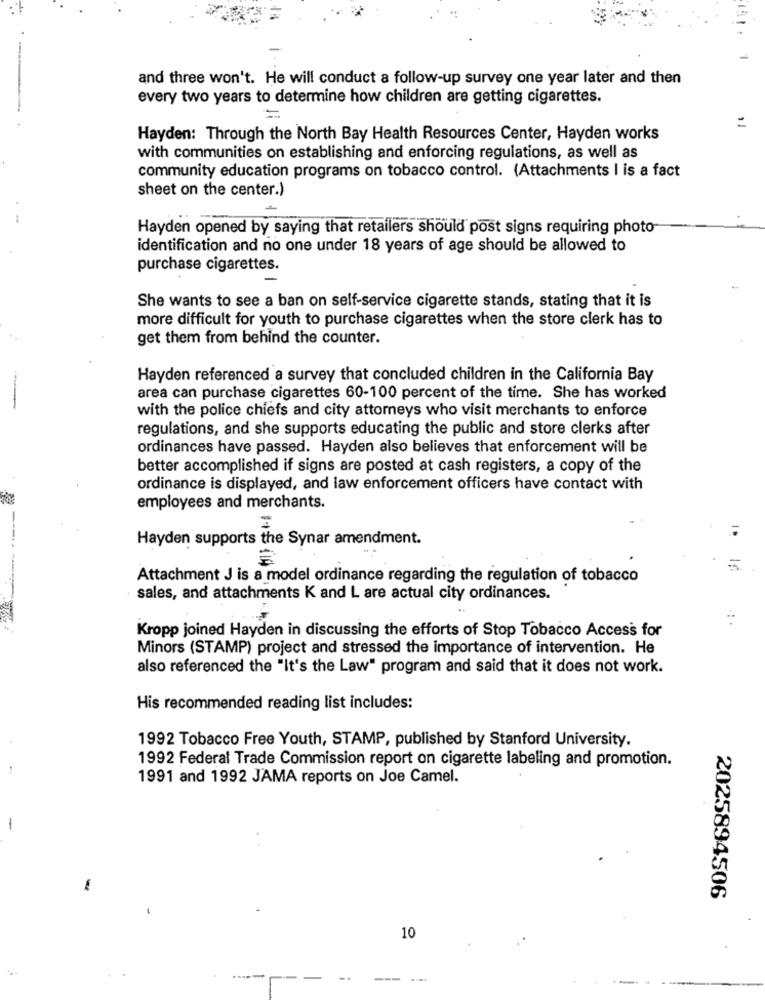
and three won't. He will conduct a follow-up survey one year later and then
every two years to determine how children are getting cigarettes.
Hayden: Through the North Bay Health Resources Center, Hayden works
with communities on establishing and enforcing regulations, as well as
community education programs on tobacco control. (Attachments I is a fact
sheet on the center.)
-
Hayden opened by saying that retailers should post signs requiring photo
identification and no one under 18 years of age should be allowed to
purchase cigarettes.
She wants to see a ban on self-service cigarette stands, stating that it is
more difficult for youth to purchase cigarettes when the store clerk has to
get them from behind the counter.
Hayden referenced a survey that concluded children in the California Bay
area can purchase cigarettes 60-100 percent of the time. She has worked
with the police chiefs and city attorneys who visit merchants to enforce
regulations, and she supports educating the public and store clerks after
ordinances have passed. Hayden also believes that enforcement will be
better accomplished if signs are posted at cash registers, a copy of the
ordinance is displayed, and law enforcement officers have contact with
employees and merchants.
Hayden supports the Synar amendment.
Attachment J is a model ordinance regarding the regulation of tobacco
------
sales, and attachments K and L are actual city ordinances.
Kropp joined Hayden in discussing the efforts of Stop Tobacco Access for
Minors (STAMP) project and stressed the importance of intervention. He
also referenced the "It's the Law" program and said that it does not work.
His recommended reading list includes:
1992 Tobacco Free Youth, STAMP, published by Stanford University.
1992 Federal Trade Commission report on cigarette labeling and promotion.
1991 and 1992 JAMA reports on Joe Camel.
-
2025894506
10
-.
---